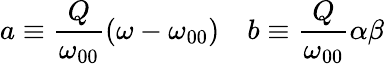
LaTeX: a\equiv\frac{Q}{\omega_{00}}\left(\omega-\omega_{00}\right)\quad b\equiv\frac{Q}{\omega_{00}}\alpha\beta